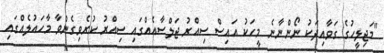
"މަޖިލީހުގެ ގަވާއިދަކު ނޯންނާނެ މީހަކު އައިސް ސިއްރު ޖަލްސާއެއްގައި ސިއްރު ކުރެވިގެންވާ މާހައުލެއްގައި